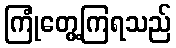
ကြုံတွေ့ကြရသည်